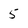
Character: 5